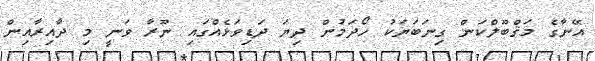
އޭނާގެ މަޤްބޫލްކަން ގިނަބަޔަކު ހޯދަމުން ދިޔަ ދަޑިވަޅެއްގައި ނޫރާ ވަނީ މި ދާއިރާއިން